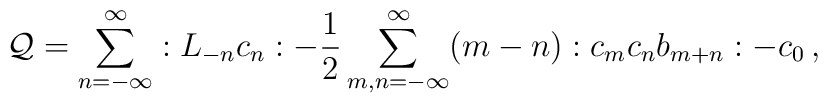
{\cal Q}=\sum_{n=-\infty}^{\infty}:L_{-n}c_n:-\frac{1}{2}\sum_{m,n=-\infty}^{\infty}(m-n):c_mc_nb_{m+n}:-c_0\, ,